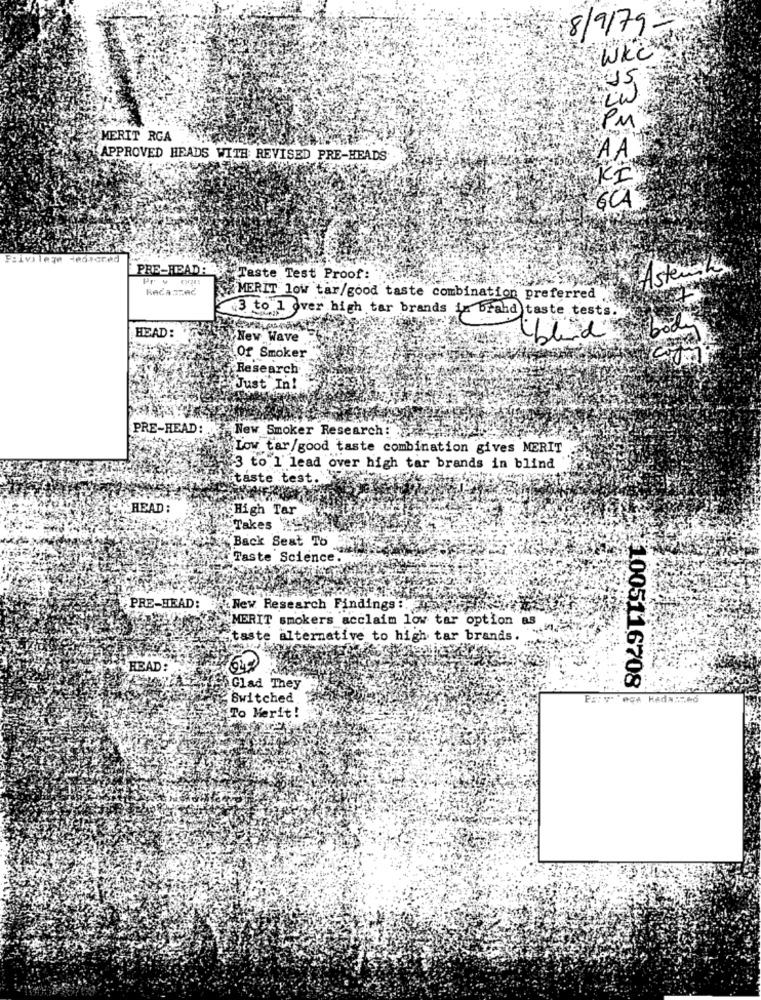
8/9/79 -
WKC
95
PM
MERIT RGA
APPROVED HEADS WITH REVISED PRE-HEADS
AA
KI
6CAS
Privilege centered
PRE-HEAD
Astemning
Pr v
Taste Test Proof:
RAGA FRAC
MERIT low tar/good taste combination preferred
3 to 1 over high tar brands in brand taste tests."
HEAD:
New Wave
iblind
Of Smoker
Research
Just In!
PRE-HEAD:
New Smoker Research:
Low tar/good taste combination gives MERIT
3 to 1' lead over high tar brands in blind
itaste test.
HEAD:
High Tar
Takes
Back Seat To
Taste Science
PRE-HEAD:
New Research Findings :.
MERIT smokers acclaim low tar option
BS
taste alternative to high tar brands.
HEAD:
1005116708
fhGlad They
Switched
PERV" eÇA HAdA ... NO
To Merit!